Insane asylums in Bengal annual reports 1867-1875 - 1867-1875
Year: 1867
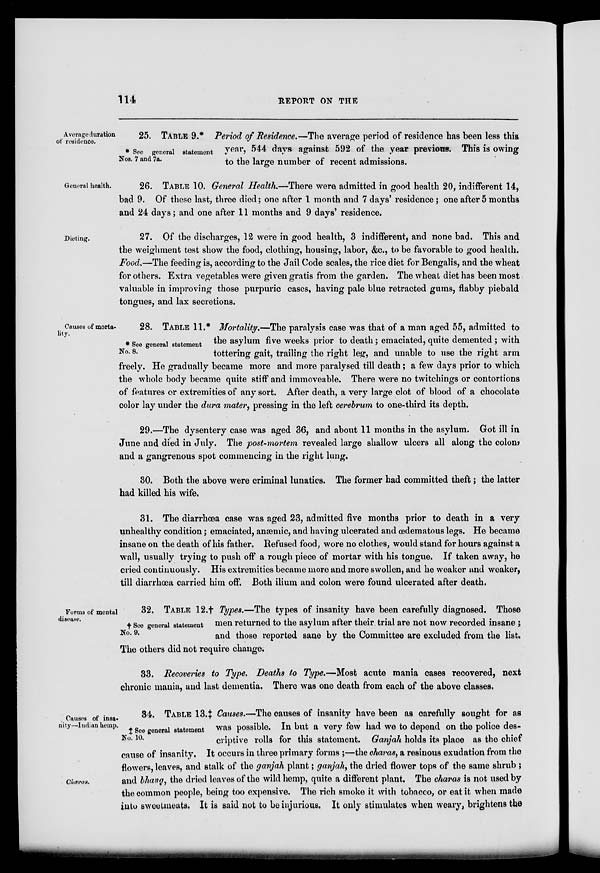
114
REPORT ON THE
Average duration
of residence.
* See general statement
Nos. 7 and 7a.
25. TABLE 9.* Period of Residence.—The average period of residence has been less this
year, 544 days against 592 of the year previous. This is owing
to the large number of recent admissions.
General health.
26. TABLE 10. General Health—There were admitted in good health 20, indifferent 14,
bad 9. Of these last, three died; one after 1 month and 7 days' residence; one after 5 months
and 24 days; and one after 11 months and 9 days' residence.
Dieting.
27. Of the discharges, 12 were in good health, 3 indifferent, and none bad. This and
the weighment test show the food, clothing, housing, labor, &c, to be favorable to good health.
Food.—The feeding is, according to the Jail Code scales, the rice diet for Bengalis, and the wheat
for others. Extra vegetables were given gratis from the garden. The wheat diet has been most
valuable in improving those purpuric cases, having pale blue retracted gums, flabby piebald
tongues, and lax secretions.
Causes of morta-
lity.
* See general statement
No. 8.
28. TABLE 11.* Mortality.—The paralysis case was that of a man aged 55, admitted to
the asylum five weeks prior to death; emaciated, quite demented ; with
tottering gait, trailing the right leg, and unable to use the right arm
freely. He gradually became more and more paralysed till death ; a few days prior to which
the whole body became quite stiff and immoveable. There were no twitchings or contortions
of features or extremities of any sort. After death, a very large clot of blood of a chocolate
color lay under the dura mater, pressing in the left cerebrum to one-third its depth.
29.—The dysentery case was aged 36, and about 11 months in the asylum. Got ill in
June and died in July. The post-mortem revealed large shallow ulcers all along the colon,
and a gangrenous spot commencing in the right lung.
30. Both the above were criminal lunatics. The former had committed theft; the latter
had killed his wife.
31. The diarrhœa case was aged 23, admitted five months prior to death in a very
unhealthy condition; emaciated, anæmic, and having ulcerated and œdematous legs. He became
insane on the death of his father. Refused food, wore no clothes, would stand for hours against a
wall, usually trying to push off a rough piece of mortar with his tongue. If taken away, he
cried continuously. His extremities became more and more swollen, and he weaker and weaker,
till diarrhœa carried him off. Both ilium and colon were found ulcerated after death.
Forms of mental
disease.
† See general statement
No. 9.
32. TABLE 12.† Types.—The types of insanity have been carefully diagnosed. Those
men returned to the asylum after their trial are not now recorded insane ;
and those reported sane by the Committee are excluded from the list.
The others did not require change.
33. Recoveries to Type. Deaths to Type.—Most acute mania cases recovered, next
chronic mania, and last dementia. There was one death from each of the above classes.
Causes of insa-
nity—Indian hemp.
Charas.
‡ See general statement
No. 10.
34. TABLE 13.‡ Causes.—The causes of insanity have been as carefully sought for as
was possible. In but a very few had we to depend on the police des-
criptive rolls for this statement. Ganjah holds its place as the chief
cause of insanity. It occurs in three primary forms ;—the charas, a resinous exudation from the
flowers, leaves, and stalk of the ganjah plant; ganjah, the dried flower tops of the same shrub ;
and bhang, the dried leaves of the wild hemp, quite a different plant. The charas is not used by
the common people, being too expensive. The rich smoke it with tobacco, or eat it when made
into sweetmeats. It is said not to be injurious. It only stimulates when weary, brightens the